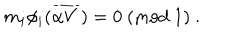
LaTeX: m _ { i } \phi _ { i } ( { \overline { { { \alpha V } } } } ) = 0 ~ ( \mathrm { m o d } ~ 1 ) ~ .